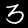
Label: 3